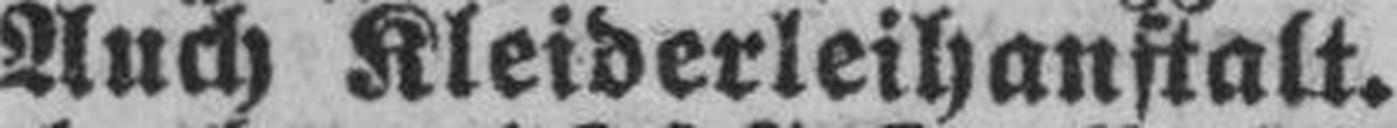
Auch Kleiderleihanstalt.